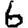
Digit: 6